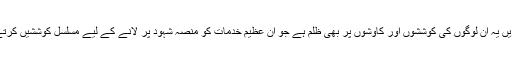
علاوہ ازیں یہ ان لوگوں کی کوششوں اور کاوشوں پر بھی ظلم ہے جو ان عظیم خدمات کو منصہ شہود پر لانے کے لیے مسلسل کوششیں کرتے رہے۔